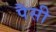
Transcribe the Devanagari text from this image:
पैसी